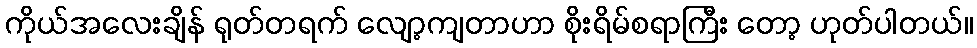
ကိုယ်အလေးချိန် ရုတ်တရက် လျော့ကျတာဟာ စိုးရိမ်စရာကြီး တော့ ဟုတ်ပါတယ်။